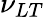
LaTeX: \nu_{LT}